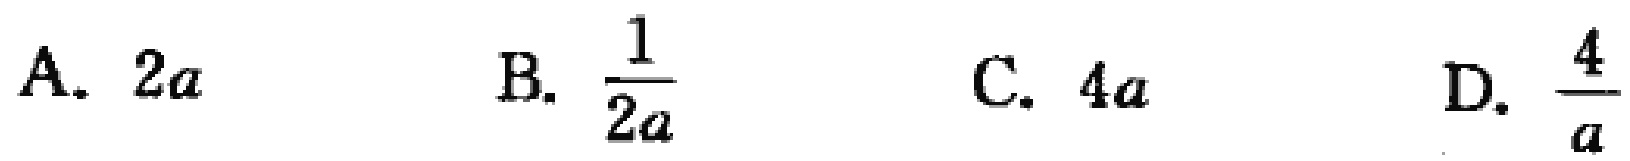
A. \(2a\)
B. \(\frac{1}{2a}\)
C. \(4a\)
D. \(\frac{4}{a}\)